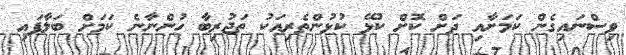
ވިސްނައިގެން ކަމަށާއި ދަށް ކޮށް ކުޅޭ ކުޅުންތެރިއަކު ތަޖުރިބާ ހުންނާނެ ކަމަށް ބަލާފައި